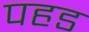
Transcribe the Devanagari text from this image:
पहड